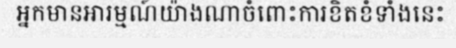
អ្នកមានអារម្មណ៍យ៉ាងណាចំពោះការខិតខំទាំងនេះ